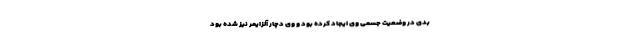
بدی در وضعیت جسمی وی ایجاد کرده بود و وی دچار آلزایمر نیز شده بود